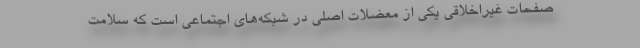
صفحات غیراخلاقی یکی از معضلات اصلی در شبکه‌های اجتماعی است که سلامت